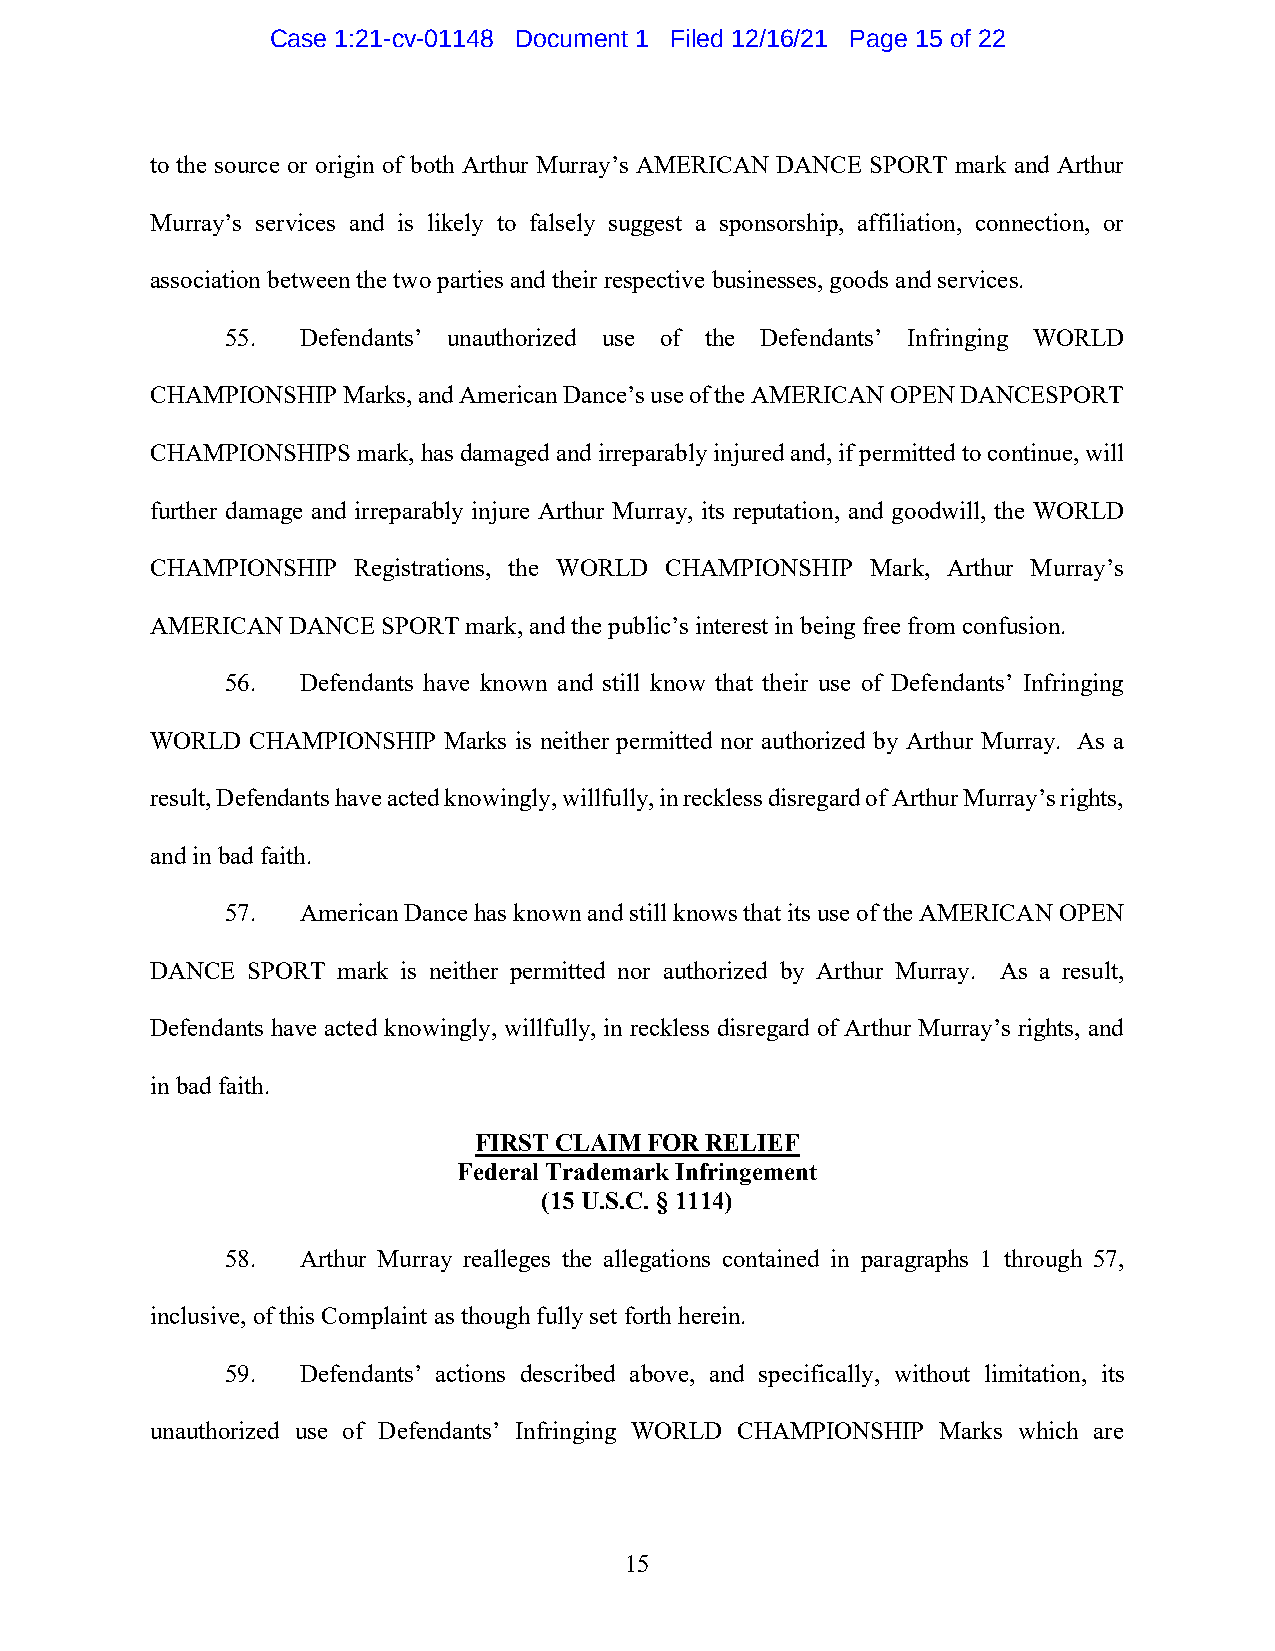
Case 1:21-cv-01148 Document 1 Filed 12/16/21 Page 15 of 22
 to the source or origin of both Arthur Murray’s AMERICAN DANCE SPORT mark and Arthur
 Murray’s services and is likely to falsely suggest a sponsorship, affiliation, connection, or
 association between the two parties and their respective businesses, goods and services.
 55.  Defendants’ unauthorized use of the Defendants’ Infringing WORLD
 CHAMPIONSHIP Marks, and American Dance’s use of the AMERICAN OPEN DANCESPORT
 CHAMPIONSHIPS mark, has damaged and irreparably injured and, if permitted to continue, will
 further damage and irreparably injure Arthur Murray, its reputation, and goodwill, the WORLD
 CHAMPIONSHIP Registrations, the WORLD CHAMPIONSHIP Mark, Arthur Murray’s
 AMERICAN DANCE SPORT mark, and the public’s interest in being free from confusion.
 56.  Defendants have known and still know that their use of Defendants’ Infringing
 WORLD CHAMPIONSHIP Marks is neither permitted nor authorized by Arthur Murray. As a
 result, Defendants have acted knowingly, willfully, in reckless disregard of Arthur Murray’s rights,
 and in bad faith.
 57.  American Dance has known and still knows that its use of the AMERICAN OPEN
 DANCE SPORT mark is neither permitted nor authorized by Arthur Murray. As a result,
 Defendants have acted knowingly, willfully, in reckless disregard of Arthur Murray’s rights, and
 in bad faith.
 FIRST CLAIM FOR RELIEF
 Federal Trademark Infringement
 (15 U.S.C. § 1114)
 58.  Arthur Murray realleges the allegations contained in paragraphs 1 through 57,
 inclusive, of this Complaint as though fully set forth herein.
 59.  Defendants’ actions described above, and specifically, without limitation, its
 unauthorized use of Defendants’ Infringing WORLD CHAMPIONSHIP Marks which are
 15